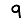
Digit: 9